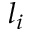
l _ { i }